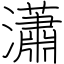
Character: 瀟